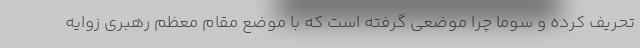
تحریف کرده و سوما چرا موضعی گرفته است که با موضع مقام معظم رهبری زوایه